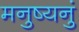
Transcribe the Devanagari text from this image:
मनुष्यनुं